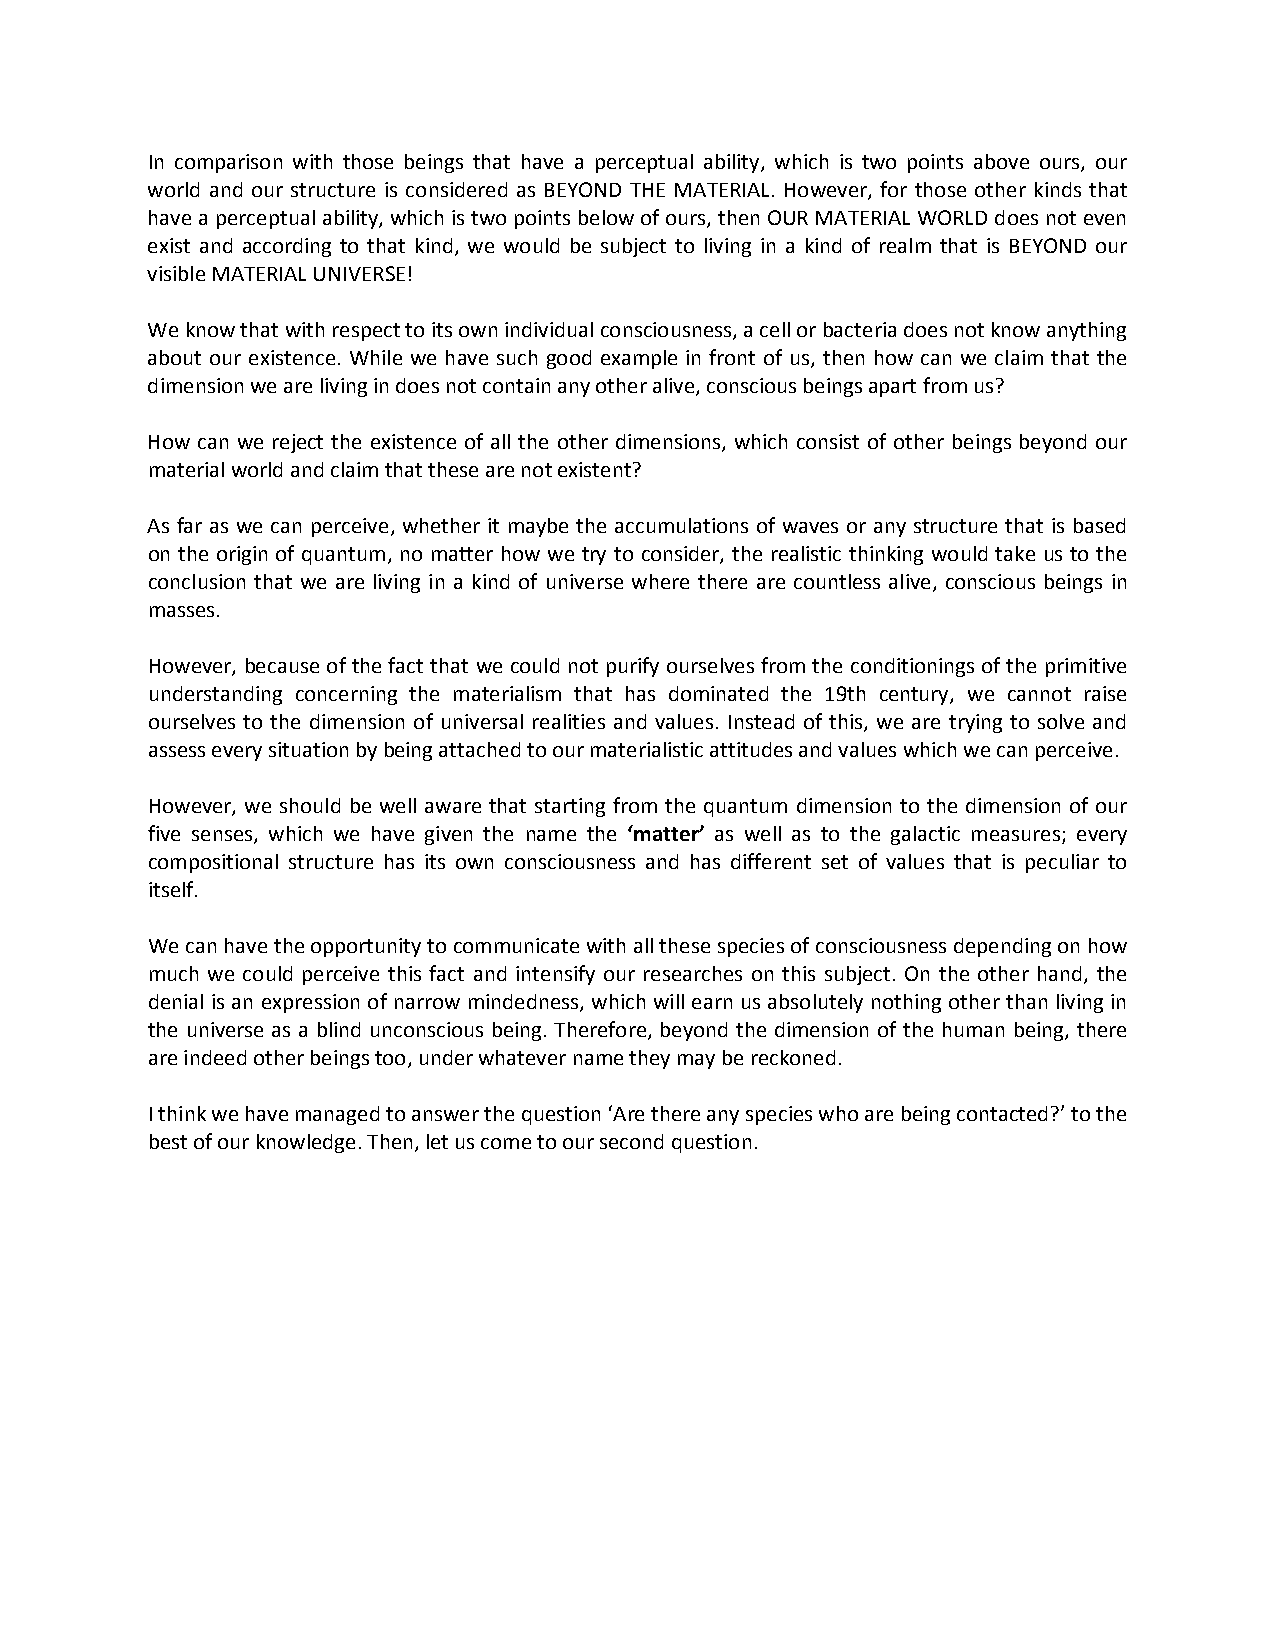
In comparison with those beings that have a perceptual ability, which is two points above ours, our
 world and our structure is considered as BEYOND THE MATERIAL. However, for those other kinds that
 have a perceptual ability, which is two points below of ours, then OUR MATERIAL WORLD does not even
 exist and according to that kind, we would be subject to living in a kind of realm that is BEYOND our
 visible MATERIAL UNIVERSE!
 We know that with respect to its own individual consciousness, a cell or bacteria does not know anything
 about our existence. While we have such good example in front of us, then how can we claim that the
 dimension we are living in does not contain any other alive, conscious beings apart from us?
 How can we reject the existence of all the other dimensions, which consist of other beings beyond our
 material world and claim that these are not existent?
 As far as we can perceive, whether it maybe the accumulations of waves or any structure that is based
 on the origin of quantum, no matter how we try to consider, the realistic thinking would take us to the
 conclusion that we are living in a kind of universe where there are countless alive, conscious beings in
 masses.
 However, because of the fact that we could not purify ourselves from the conditionings of the primitive
 understanding concerning the materialism that has dominated the 19th century, we cannot raise
 ourselves to the dimension of universal realities and values. Instead of this, we are trying to solve and
 assess every situation by being attached to our materialistic attitudes and values which we can perceive.
 However, we should be well aware that starting from the quantum dimension to the dimension of our
 five senses, which we have given the name the ‘matter’ as well as to the galactic measures; every
 compositional structure has its own consciousness and has different set of values that is peculiar to
 itself.
 We can have the opportunity to communicate with all these species of consciousness depending on how
 much we could perceive this fact and intensify our researches on this subject. On the other hand, the
 denial is an expression of narrow mindedness, which will earn us absolutely nothing other than living in
 the universe as a blind unconscious being. Therefore, beyond the dimension of the human being, there
 are indeed other beings too, under whatever name they may be reckoned.
 I think we have managed to answer the question ‘Are there any species who are being contacted?’ to the
 best of our knowledge. Then, let us come to our second question.